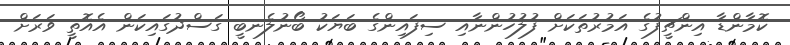
ކޮމާންޑާ އިންޗީފުގެ އަމުރުތަކަށް ފުލުހުންނާއި ސިފައިންގެ ބަޔަކު ބޯނުލެނބީ ގަސްދުގައިކަން އެއޮތީ ވަރަށް